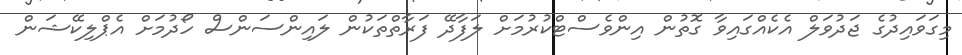
މިގަވައިދުގެ ޖަދުވަލް އެކެއްގައިވާ ގޮތުން އިންވެސްޓްކުރުމަށް ލަފާދޭ ފަރާތްތަކުން ލައިންސަންސް ހޯދުމަށް އެޕްލިކޭޝަން